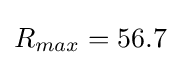
R_{max}=56.7